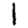
Digit: 1